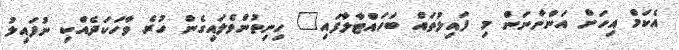
އެކަމް އިހަށް އަންނާނަން މި ފައިލުތައް ބަހައްޓާލާފައި" ހިނިތުންވެލައިގެން ހުރެ ވާހަކަދެއްކި ނުފައިލު